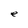
Character: e